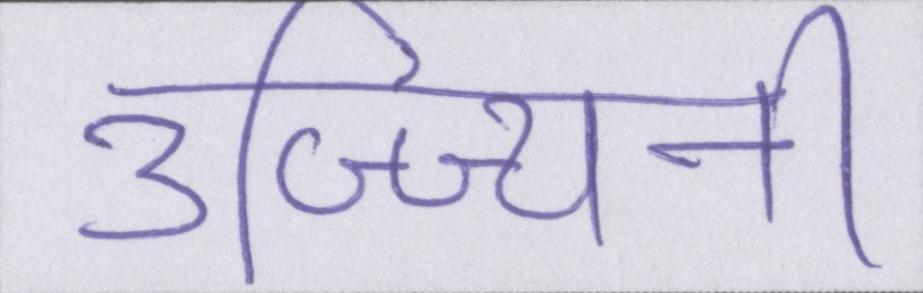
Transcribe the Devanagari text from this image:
उज्ज्यिनी